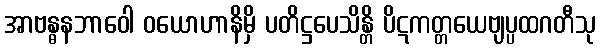
အာဗန္ဓနဘာဝေါ ဝယောဟာနိမှိ ပတိဋ္ဌပေသိန္တိ ပိဋကတ္တယေဗျပ္ပထဂတီသု